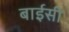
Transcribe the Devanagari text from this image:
बाईसी